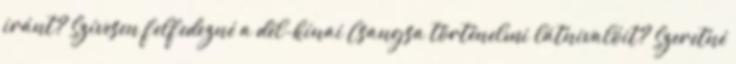
iránt? Szívesen felfedezné a dél-kínai Csangsa történelmi látnivalóit? Szeretné